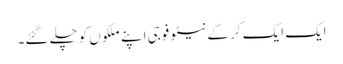
ایک ایک کر کے نیٹو فوجی اپنے ملکوں کو چلے گئے۔